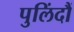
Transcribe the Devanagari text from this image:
पुलिंदौं